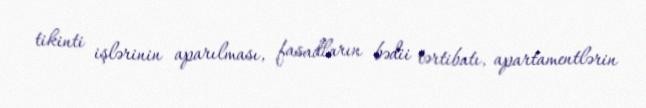
tikinti işlərinin aparılması, fasadların bədii tərtibatı, apartamentlərin